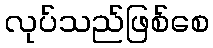
လုပ်သည်ဖြစ်စေ